Civil Veterinary Department. Central Provinces & Berar 1932-41 - 1932-1941
Year: 1932
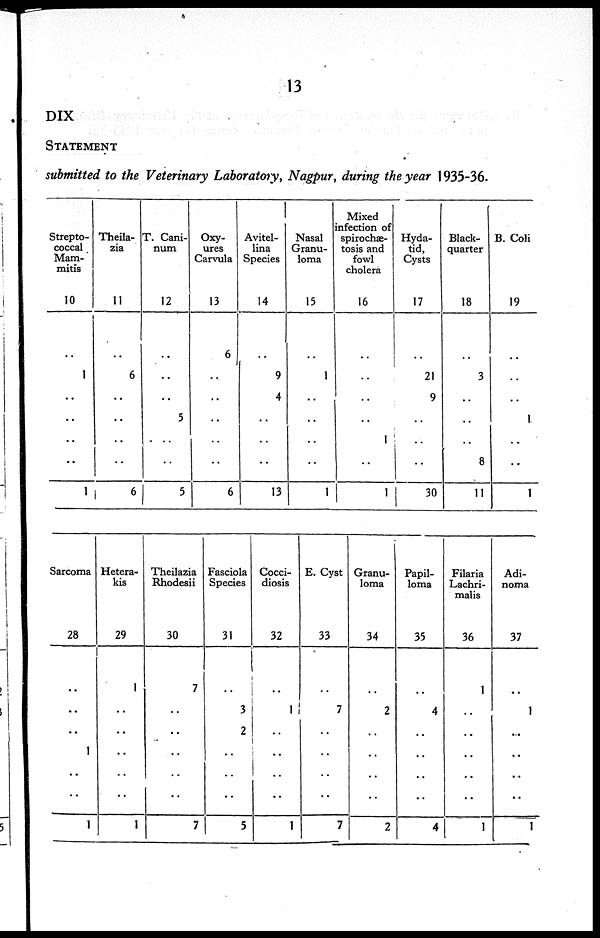
13
DIX
STATEMENT
submitted to the Veterinary Laboratory, Nagpur, during the year 1935-36.
Strepto-
coccal
Mam-
mitis
10
..
1
..
..
..
..
1
Theila-
zia
11
..
6
..
..
..
..
6
T. Cani-
num
12
..
..
..
5
..
..
5
Oxy-
ures
Carvula
13
6
..
..
..
..
..
6
Avitel-
lina
Species
14
..
9
4
..
..
..
13
Nasal
Granu-
loma
15
..
1
..
..
..
..
1
Mixed
infection of
spirochæ-
tosis and
fowl
cholera
16
..
..
..
..
1
..
1
Hyda-
tid,
Cysts
17
..
21
9
..
..
..
30
Black-
quarter
18
..
3
..
..
..
8
11
B. Coli
19
..
..
..
1.
..
..
1
Sarcoma
28
..
..
1
..
..
1
Hetera-
kis
29
1
..
..
..
..
..
1
Theilazia
Rhodesii
30
7
..
..
..
..
..
7
Fasciola
Species
31
..
3
2
..
..
..
5
Cocci-
diosis
32
..
1
..
..
..
..
1
E. Cyst
33
..
7
..
..
..
..
7
Granu-
loma
34
..
2
..
..
..
..
2
Papil-
loma
35
..
4
..
..
..
..
4
Filaria
Lachri-
malis
36
1
..
..
..
..
..
1
Adi-
noma
37
..
1
..
..
..
..
1